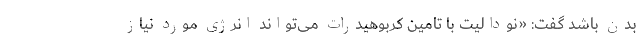
بدن باشد گفت: «نودالیت با تامین کربوهیدرات می­تواند انرژی مورد نیاز